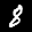
Label: 8